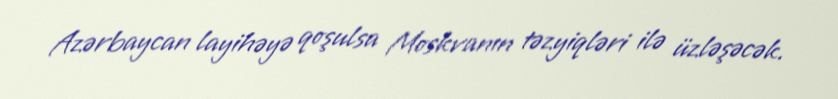
Azərbaycan layihəyə qoşulsa Moskvanın təzyiqləri ilə üzləşəcək.